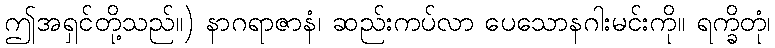
ဤအရှင်တို့သည်။) နာဂရာဇာနံ၊ ဆည်းကပ်လာ ပေသောနဂါးမင်းကို။ ရက္ခိတုံ၊